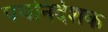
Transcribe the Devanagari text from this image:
पथनिर्देशक